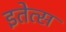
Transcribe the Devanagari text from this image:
इतेत्स